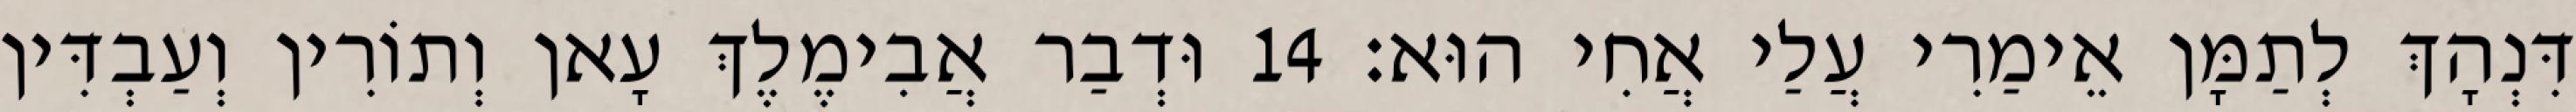
דִּנְהָךְ לְתַמָּן אֵימַרִי עֲלַי אֲחִי הוּא׃ 14 וּדְבַר אֲבִימֶלֶךְ עָאן וְתוֹרִין וְעַבְדִּין